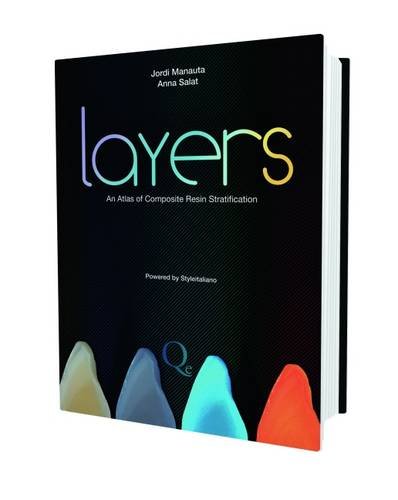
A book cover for Layers: An Atlas of Composite Resin Stratification; Jordi Manauta; Medical Books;